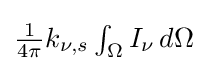
{\textstyle {\frac {1}{4\pi }}k_{\nu ,s}\int _{\Omega }I_{\nu }\,d\Omega }